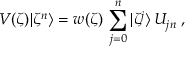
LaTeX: V ( \zeta ) | \zeta ^ { n } \rangle = w ( \zeta ) \, \sum _ { j = 0 } ^ { n } | \zeta ^ { j } \rangle \, U _ { j n } \; ,